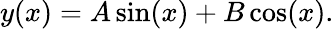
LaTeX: y(x)=A\sin(x)+B\cos(x).